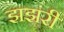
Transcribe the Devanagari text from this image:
झझंरी